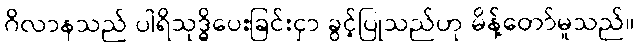
ဂိလာနသည် ပါရိသုဒ္ဓိပေးခြင်းငှာ ခွင့်ပြုသည်ဟု မိန့်တော်မူသည်။